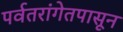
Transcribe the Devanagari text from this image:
पर्वतरांगेतपासून